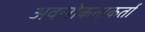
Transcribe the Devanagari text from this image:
अवलोकनाकर्ता